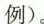
例)。